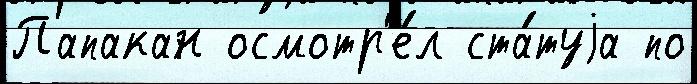
Папакан осмотр'е́л ста́туjа по